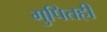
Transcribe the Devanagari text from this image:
गुपितही